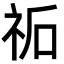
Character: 𮁩